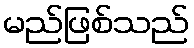
မည်ဖြစ်သည်